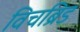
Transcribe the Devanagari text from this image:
विचब्रिड